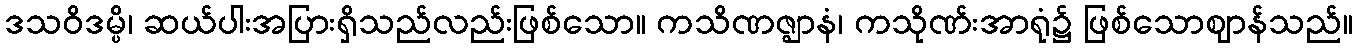
ဒသဝိဒမ္ပိ၊ ဆယ်ပါးအပြားရှိသည်လည်းဖြစ်သော။ ကသိဏဇ္ဈာနံ၊ ကသိုဏ်းအာရုံ၌ ဖြစ်သောဈာန်သည်။